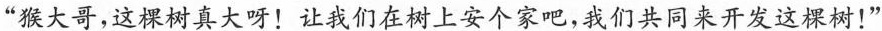
”猴大哥，这棵树真大呀！让我们在树上安个家吧，我们共同来开发这棵树！